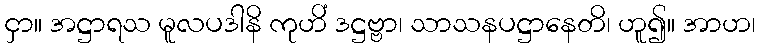
ငှာ။ အဋ္ဌာရသ မူလပဒါနိ ကုဟိံ ဒဋ္ဌဗ္ဗာ၊ သာသနပဋ္ဌာနေတိ၊ ဟူ၍။ အာဟ၊